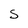
Character: S